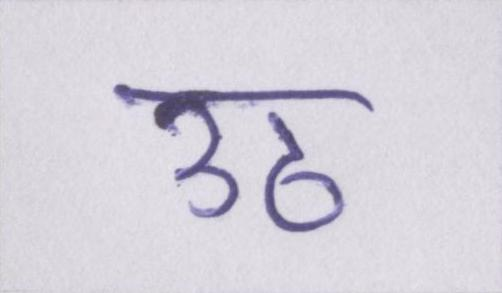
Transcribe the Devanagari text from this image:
उठ